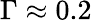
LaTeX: \Gamma\approx 0.2